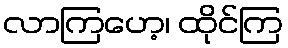
လာကြဟေ့၊ ထိုင်ကြ